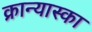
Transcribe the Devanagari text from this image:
क्रान्यास्का